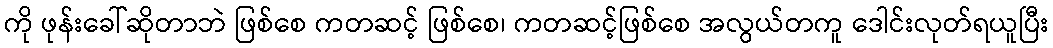
ကို ဖုန်းခေါ်ဆိုတာဘဲ ဖြစ်စေ ကတဆင့် ဖြစ်စေ၊ ကတဆင့်ဖြစ်စေ အလွယ်တကူ ဒေါင်းလုတ်ရယူပြီး